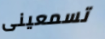
تسمعينى